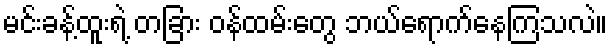
မင်းခန့်ထူးရဲ့ တခြား ဝန်ထမ်းတွေ ဘယ်ရောက်နေကြသလဲ။